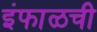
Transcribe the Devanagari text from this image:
इंफाळची